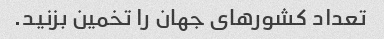
تعداد کشورهای جهان را تخمین بزنید.